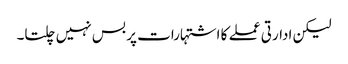
لیکن ادارتی عملے کا اشتہارات پر بس نہیں چلتا۔